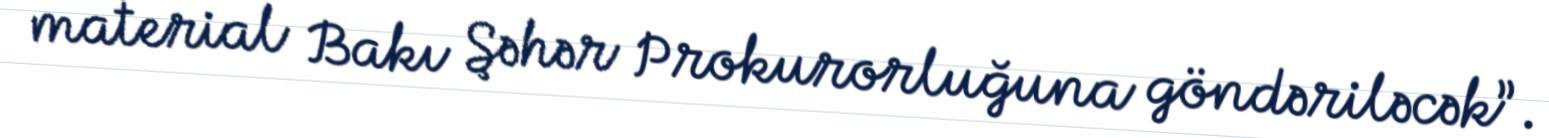
material Bakı Şəhər Prokurorluğuna göndəriləcək”.